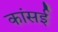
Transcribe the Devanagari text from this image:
कांसई